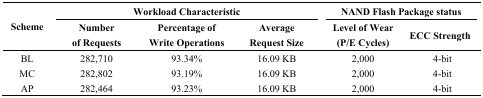
<table><thead><tr><td rowspan="3"><b>Scheme</b></td><td colspan="3"><b>Workload Characteristic</b></td><td colspan="2"><b>NAND Flash Package status</b></td></tr><tr><td><b>Number of Requests</b></td><td><b>Percentage of Write Operations</b></td><td><b>Average Request Size</b></td><td><b>Level of Wear (P/E Cycles)</b></td><td><b>ECC Strength</b></td></tr></thead><tbody><tr><td>BL</td><td>282,710</td><td>93.34%</td><td>16.09 KB</td><td>2,000</td><td>4-bit</td></tr><tr><td>MC</td><td>282,802</td><td>93.19%</td><td>16.09 KB</td><td>2,000</td><td>4-bit</td></tr><tr><td>AP</td><td>282,464</td><td>93.23%</td><td>16.09 KB</td><td>2,000</td><td>4-bit</td></tr></tbody></table>